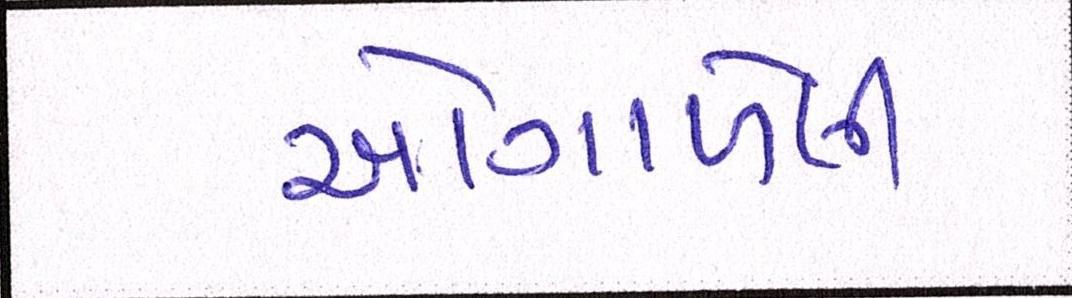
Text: ઓગાળેલી